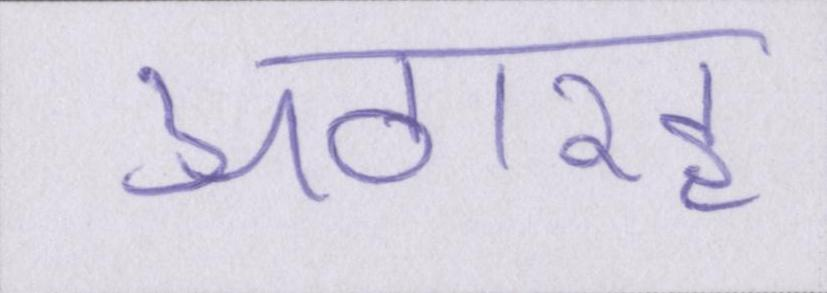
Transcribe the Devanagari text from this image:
अठारह